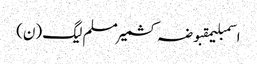
اسمبلیمقبوضہ کشمیرمسلم لیگ (ن)